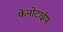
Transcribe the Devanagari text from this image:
फेनोटाईप